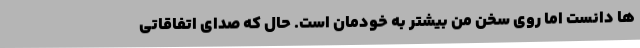
ها دانست اما روی سخن من بیشتر به خودمان است. حال که صدای اتفاقاتی